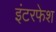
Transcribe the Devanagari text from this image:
इंटरफेश